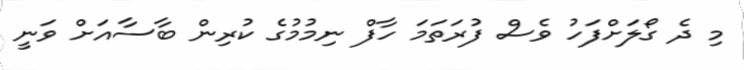
މި ދެ ގޯލަށްފަހު ވެސް ފުރަތަމަ ހާފް ނިމުމުގެ ކުރިން ބާސާއަށް ވަނީ